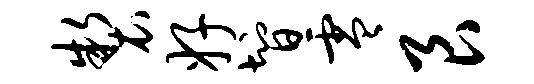
制好智零艮